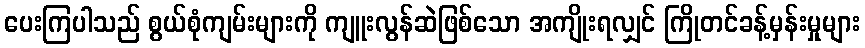
ပေးကြပါသည် စွယ်စုံကျမ်းများကို ကျူးလွန်ဆဲဖြစ်သော အကျိုးရလျှင် ကြိုတင်ခန့်မှန်းမှုများ